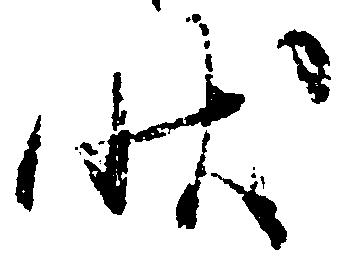
状